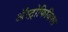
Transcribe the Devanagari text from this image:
ॲस्ट्रोफिजिक्स